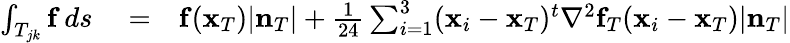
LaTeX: \begin{array}{rlr}{\int_{T_{jk}}{\mathbf f}\, ds}&{{}=}&{{\mathbf f}({\mathbf x}_{T})|{\mathbf n}_{T}|+\frac{1}{24}\sum_{i=1}^{3}({\mathbf x}_{i}-{\mathbf x}_{T})^{t}\nabla^{2}{\mathbf f}_{T}({\mathbf x}_{i}-{\mathbf x}_{T})|{\mathbf n}_{T}|}\end{array}